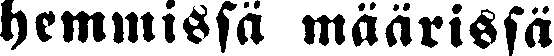
hemmissä määrissä